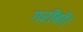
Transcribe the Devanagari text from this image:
गरीबी।